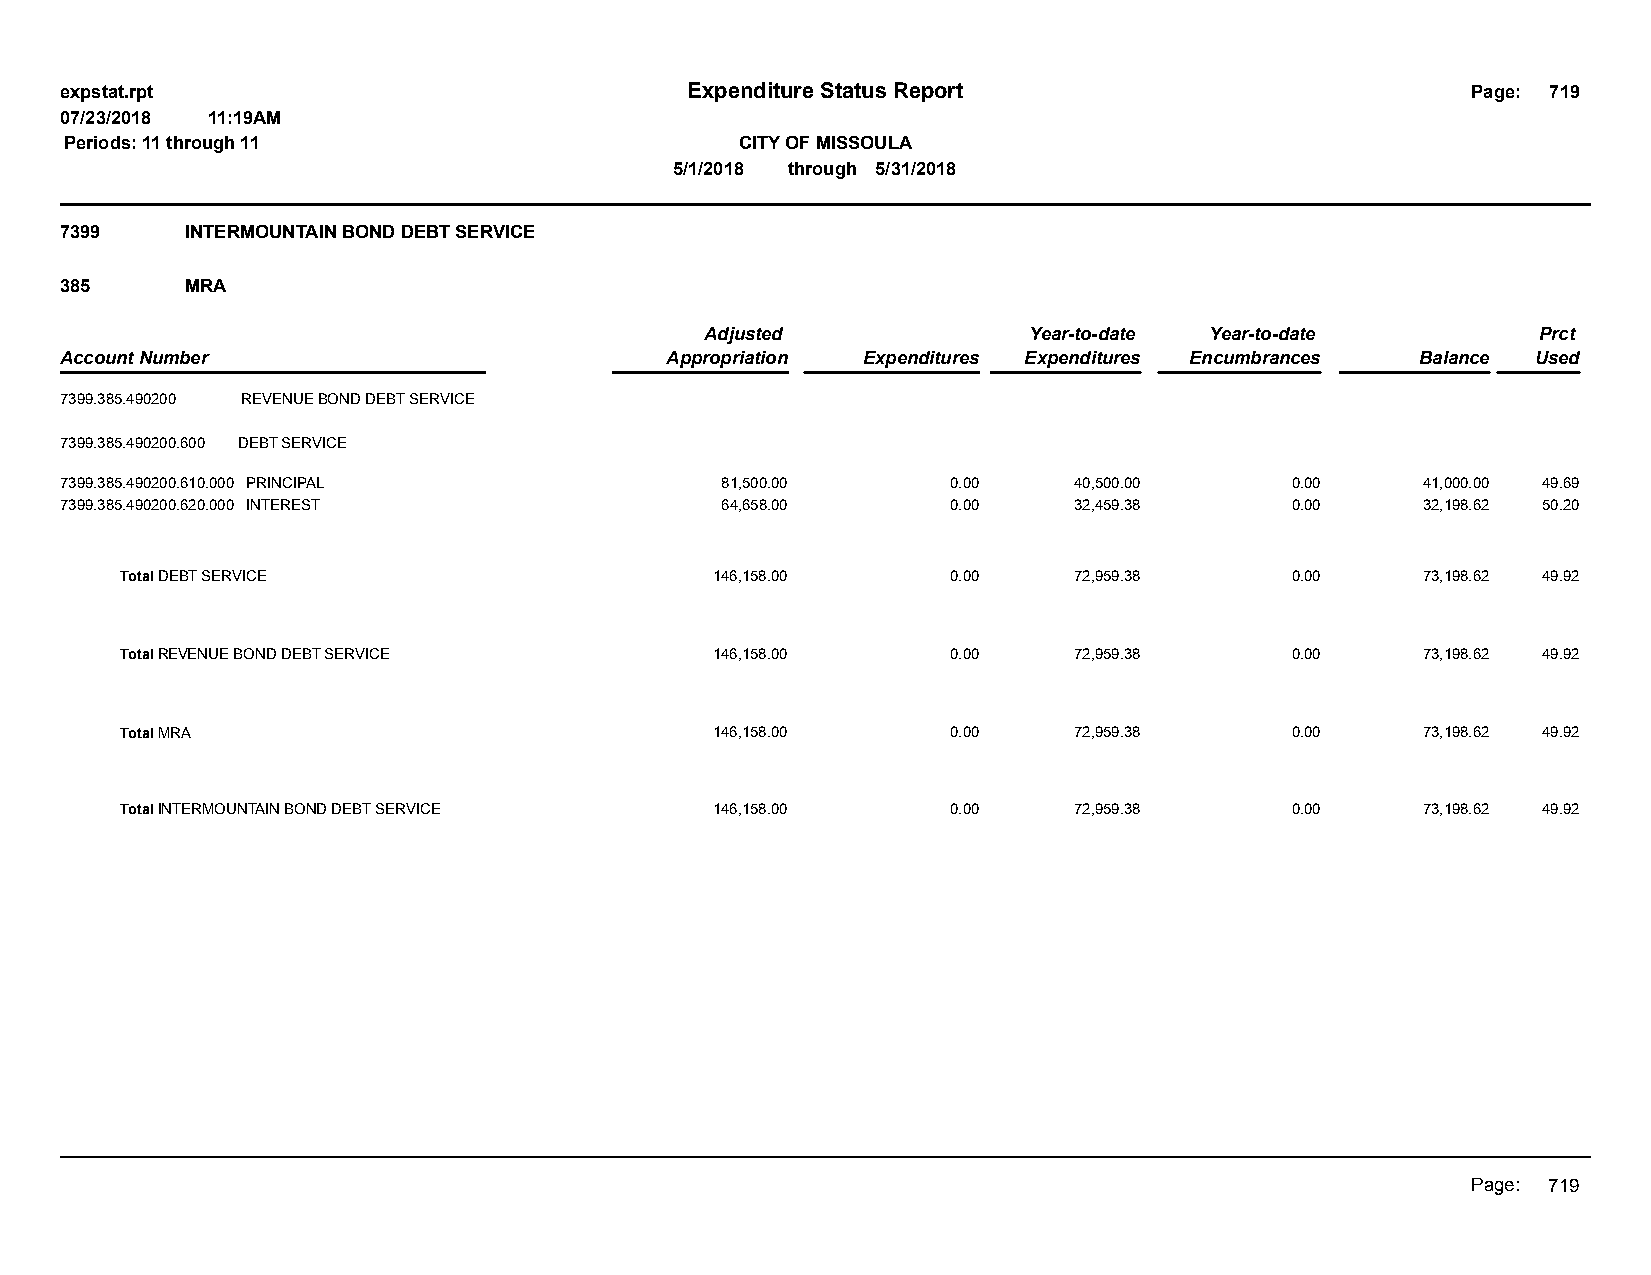
expstat.rpt                              Expenditure Status Report                           Page: 719
 07/23/2018 11:19AM
 Periods: 11 through 11                       CITY OF MISSOULA
 5/1/2018 through 5/31/2018
 7399    INTERMOUNTAIN BOND DEBT SERVICE
 385     MRA
 Adjusted             Year-to-date Year-to-date         Prct
 Account Number                          Appropriation Expenditures Expenditures Encumbrances Balance Used
 7399.385.490200 REVENUE BOND DEBT SERVICE
 7399.385.490200.600 DEBT SERVICE
 7399.385.490200.610.000 PRINCIPAL           81,500.00      0.00    40,500.00     0.00     41,000.00 49.69
 7399.385.490200.620.000 INTEREST            64,658.00      0.00    32,459.38     0.00     32,198.62 50.20
 Total DEBT SERVICE                     146,158.00      0.00    72,959.38     0.00     73,198.62 49.92
 Total REVENUE BOND DEBT SERVICE        146,158.00      0.00    72,959.38     0.00     73,198.62 49.92
 Total MRA                              146,158.00      0.00    72,959.38     0.00     73,198.62 49.92
 Total INTERMOUNTAIN BOND DEBT SERVICE  146,158.00      0.00    72,959.38     0.00     73,198.62 49.92
 Page: 719